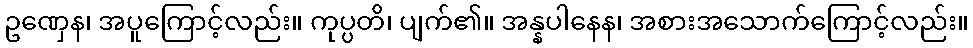
ဥဏှေန၊ အပူကြောင့်လည်း။ ကုပ္ပတိ၊ ပျက်၏။ အန္နပါနေန၊ အစားအသောက်ကြောင့်လည်း။